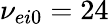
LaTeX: \nu_{ei0}=24